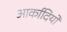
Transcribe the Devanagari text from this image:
आर्कादियो